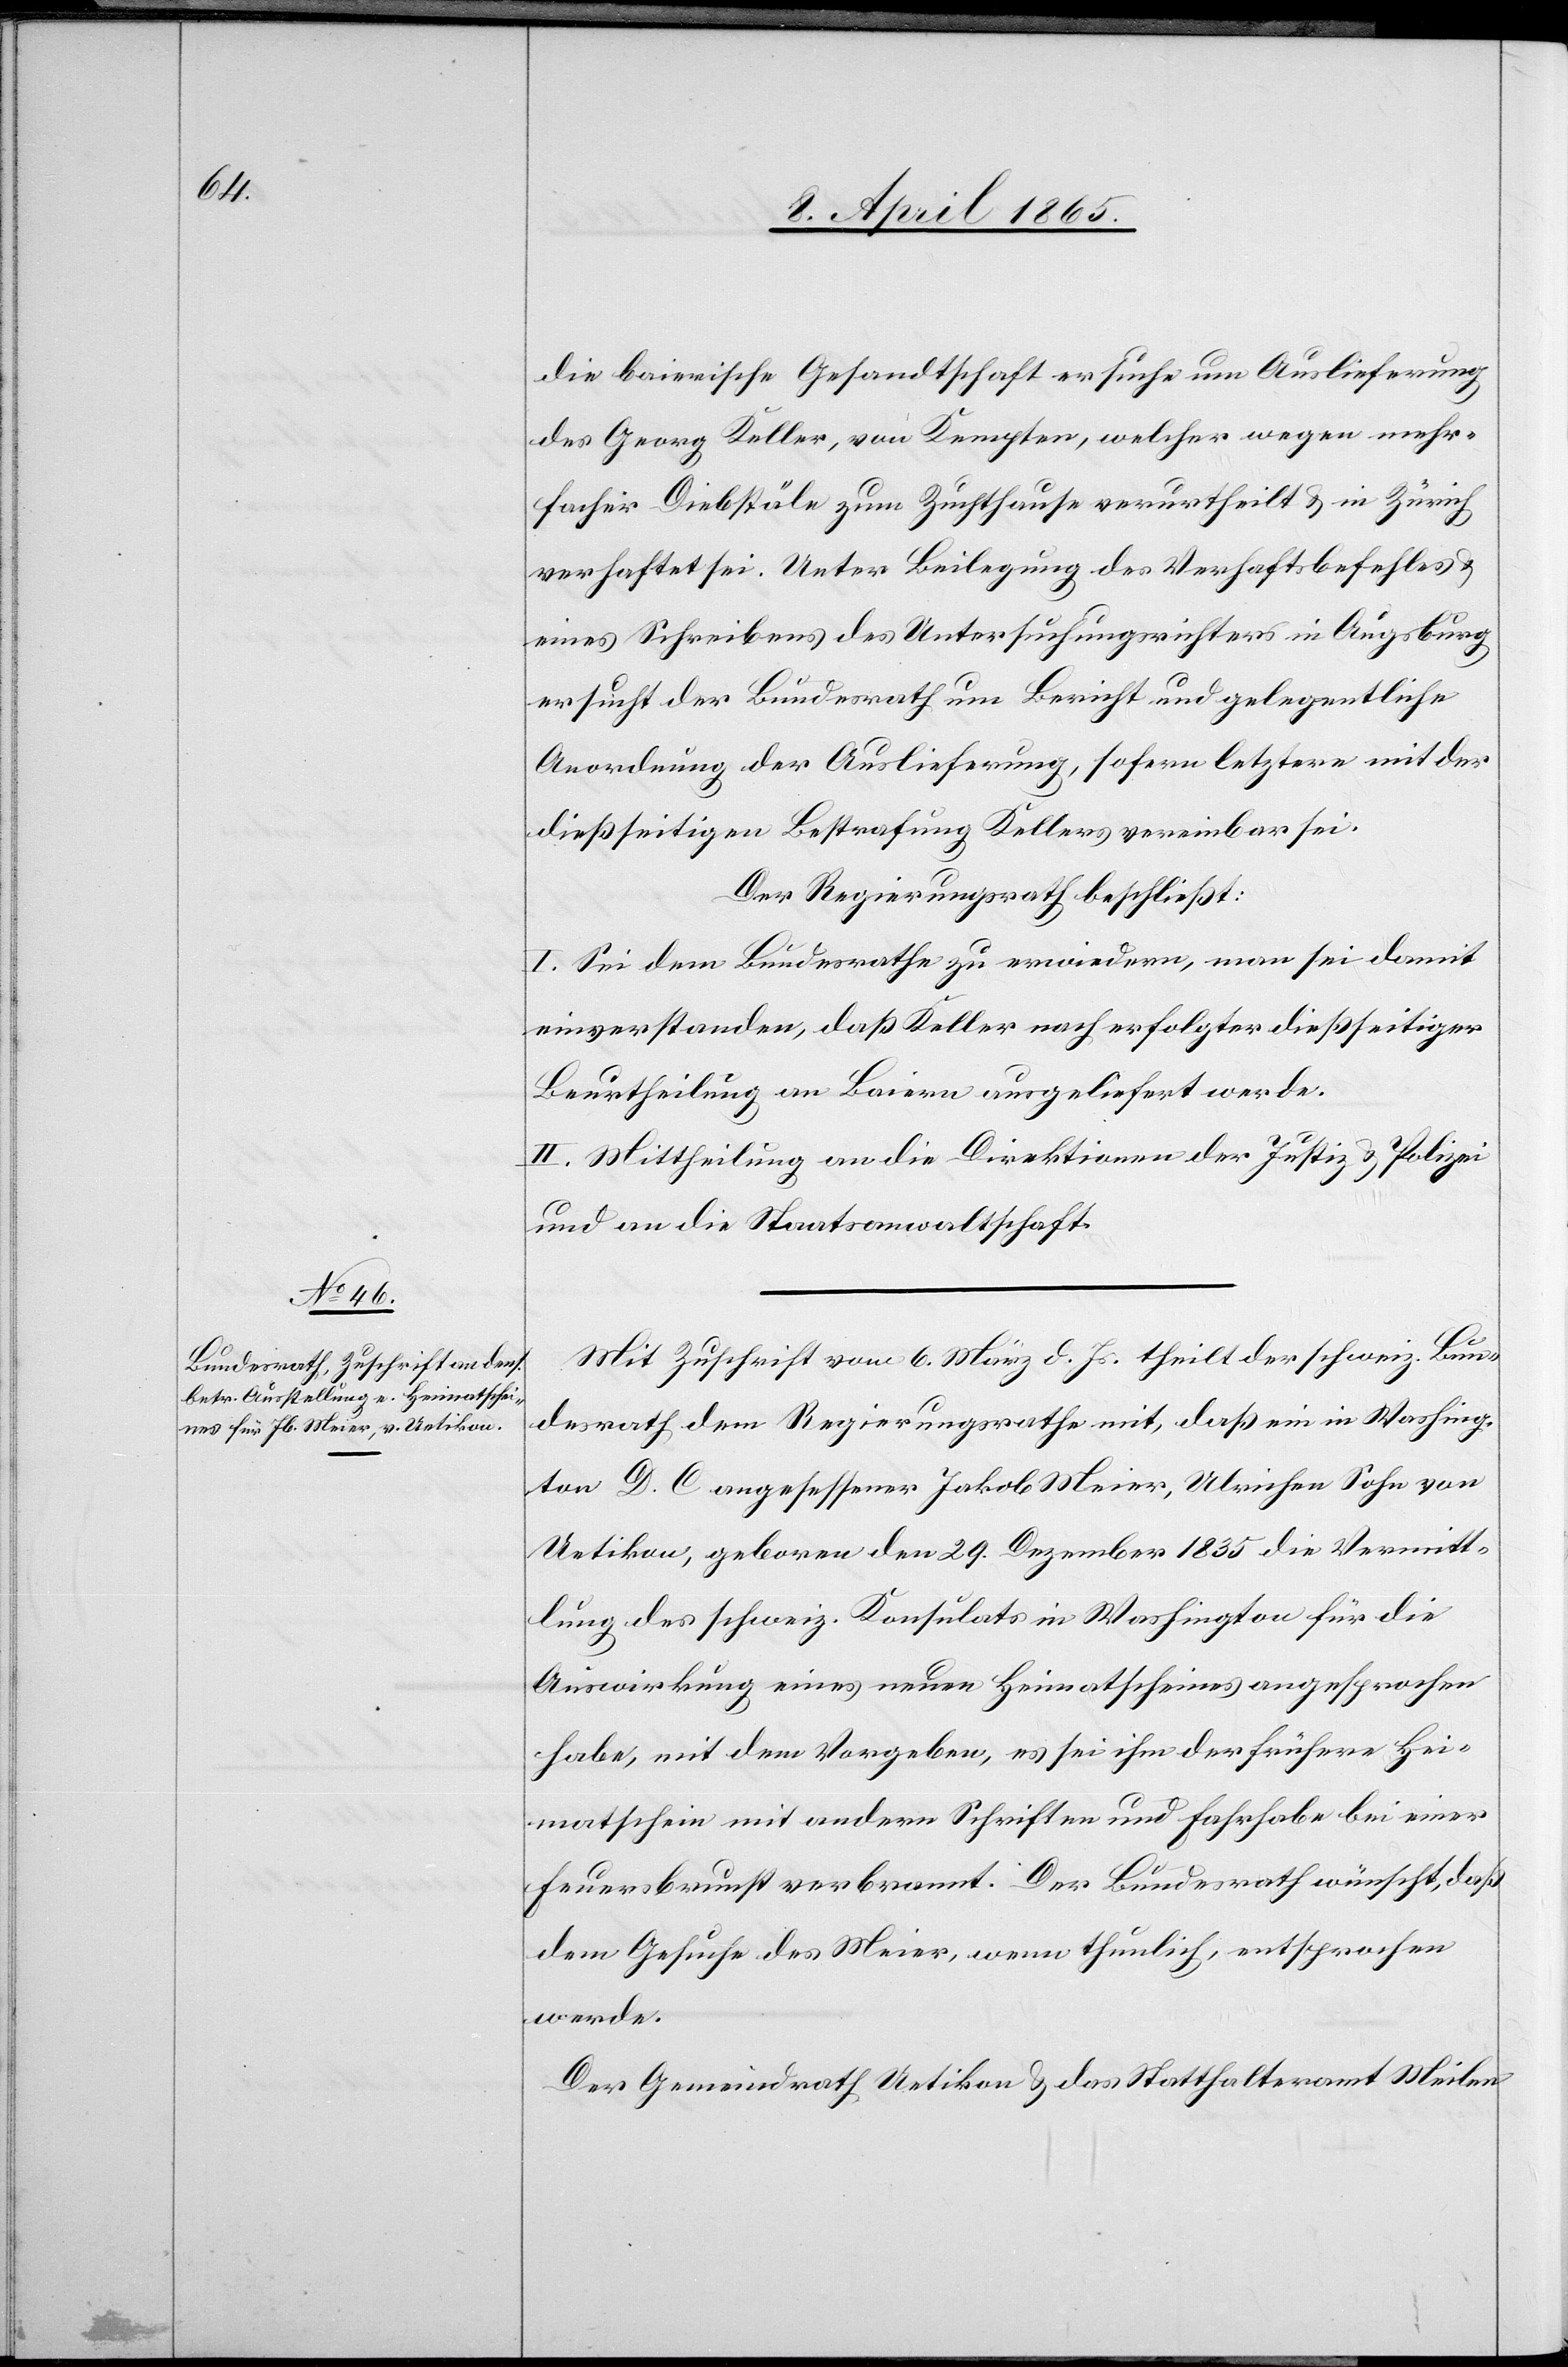
die baierische Gesandtschaft ersuche um Auslieferung
des Georg Keller, von Kempten, welcher wegen mehr¬
facher Diebstäle zum Zuchthause verurtheilt & in Zürich
verhaftet sei. Unter Beilegung des Verhaftsbefehles
eines Schreibens des Untersuchungsrichters in Augsburg
ersucht der Bundesrath um Bericht und gelegentliche
Anordnung der Auslieferung, sofern letztere mit der
dießseitigen Bestrafung Kellers vereinbar sei.
Der Regierungsrath beschließt:
I. Sei dem Bundesrathe zu erwiedern, man sei damit
einverstanden, daß Keller nach erfolgter dießseitiger
Beurtheilung an Baiern ausgeliefert werde.
II. Mittheilung an die Direktionen der Justiz & Polizei
und an die Staatsanwaltschaft.
Mit Zuschrift vom 6. März d. Js. theilt der schweiz. Bun¬
desrath dem Regierungsrathe mit, daß ein in Washing¬
ton D. C. angesessener Jakob Meier, Ulrichen Sohn von
Uetikon, geboren den 29. Dezember 1835 die Vermitt¬
lung des schweiz. Konsulats in Washington für die
Auswirkung eines neuen Heimatscheines angesprochen
habe, mit dem Vorgeben, es sei ihm der frühere Hei¬
matschein mit andern Schriften und Fahrhabe bei einer
Feuersbrunst verbrannt. Der Bundesrath wünscht, daß
dem Gesuche des Meier, wenn thunlich, entsprochen
werde.
Der Gemeindrath Uetikon & das Statthalteramt Meilen